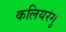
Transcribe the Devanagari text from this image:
कलियरंगु